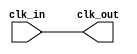
`timescale 1ns / 1ps
//////////////////////////////////////////////////////////////////////////////////
// Company: 
// 
// Design Name: 
// Module Name: clk_buffer
// Project Name: 
// Target Devices: 
// Tool Versions: 
// Description: 
// 
// Dependencies: 
// 
// Revision:
// Revision 0.01 - File Created
// Additional Comments:
// 
//////////////////////////////////////////////////////////////////////////////////


module clk_buffer(input clk_in,
                  output reg clk_out
                  );
        
        always@ (clk_in) begin
            clk_out = ~clk_in;
            clk_out = ~clk_out;
        end
        
endmodule